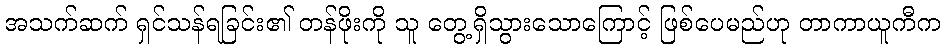
အသက်ဆက် ရှင်သန်ရခြင်း၏ တန်ဖိုးကို သူ တွေ့ရှိသွားသောကြောင့် ဖြစ်ပေမည်ဟု တာကာယူကီက